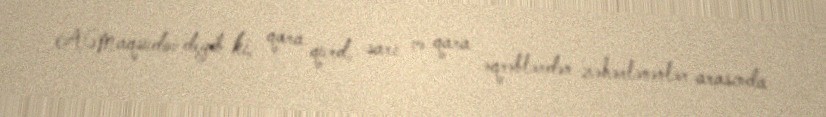
A.Maqsudov deyib ki, qara qurd, sarı və qara əqrəblərdən zəhərlənənlər arasında